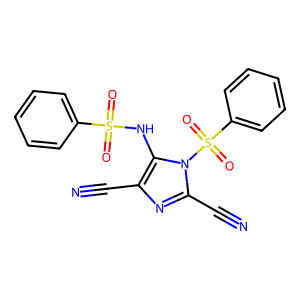
SMILES: N#Cc1nc(C#N)n(S(=O)(=O)c2ccccc2)c1NS(=O)(=O)c1ccccc1
Inhibits HIV replication: No